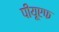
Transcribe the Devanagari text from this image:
पीयूएफ